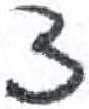
אות: צ